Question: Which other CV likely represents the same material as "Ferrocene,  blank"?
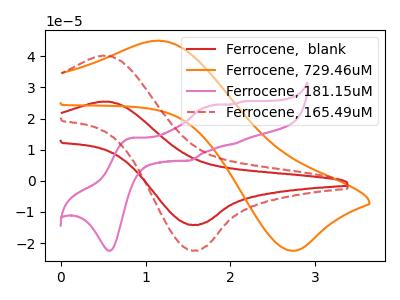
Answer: <think>The red curve "Ferrocene,  blank" has an anodic peak at (0.55V, 25.40uA) and a cathodic peak at (1.60V, -14.15uA). The orange curve "Ferrocene, 729.46uM" has an anodic peak at (1.15V, 44.95uA) and a cathodic peak at (2.70V, -22.40uA). The pink curve "Ferrocene, 181.15uM" has anodic peaks at (0.85V, 13.80uA) (1.75V, 24.05uA) (2.05V, 11.85uA) (2.15V, 25.45uA) and cathodic peaks at (0.60V, -22.45uA) (1.50V, 6.50uA). The red dashed curve "Ferrocene, 165.49uM" has an anodic peak at (0.55V, 40.10uA) and a cathodic peak at (1.60V, -22.40uA).
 "Ferrocene,  blank" and "Ferrocene, 729.46uM" have at least one peak that do not match. "Ferrocene,  blank" and "Ferrocene, 181.15uM" have a different number of peaks. All the peaks in "Ferrocene,  blank" have a peak in "Ferrocene, 165.49uM" at the same potential. Every peak in "Ferrocene,  blank" is lower than every peak in "Ferrocene, 165.49uM". "Ferrocene, 729.46uM" and "Ferrocene, 181.15uM" have a different number of peaks. "Ferrocene, 729.46uM" and "Ferrocene, 165.49uM" have at least one peak that do not match. "Ferrocene, 181.15uM" and "Ferrocene, 165.49uM" have a different number of peaks.</think>
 <answer>The CV with the most similar shape to "Ferrocene, 165.49uM" is "Ferrocene,  blank".</answer>
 <eval>"Ferrocene,  blank"</eval>